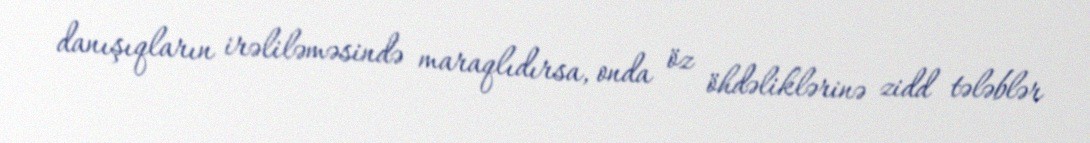
danışıqların irəliləməsində maraqlıdırsa, onda öz öhdəliklərinə zidd tələblər